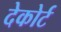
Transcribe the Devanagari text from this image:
देकोर्ट